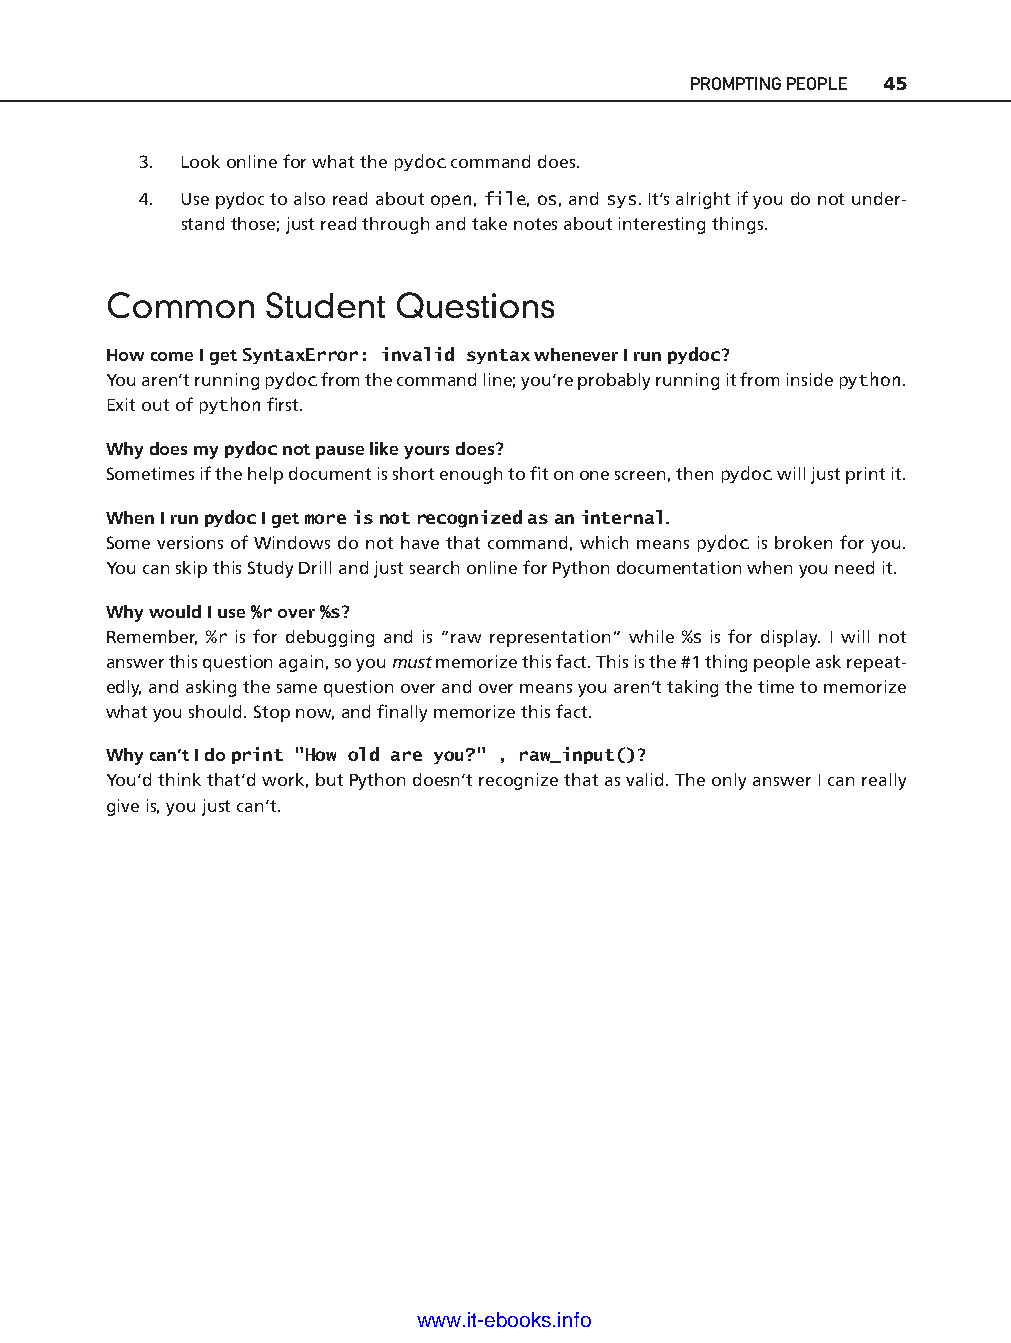
PROMPTING PEOPLE 45
 3. Look online for what the pydoc command does.
 4. Use pydoc to also read about open, file, os, and sys. It’s alright if you do not under-
 stand those; just read through and take notes about interesting things.
 Common     Student  Questions
 How come I get SyntaxError: invalid syntax whenever I run pydoc?
 You aren’t running pydoc from the command line; you’re probably running it from inside python.
 Exit out of python fi rst.
 Why does my pydoc not pause like yours does?
 Sometimes if the help document is short enough to fi t on one screen, then pydoc will just print it.
 When I run pydoc I get more is not recognized as an internal.
 Some versions of Windows do not have that command, which means pydoc is broken for you.
 You can skip this Study Drill and just search online for Python documentation when you need it.
 Why would I use %r over %s?
 Remember, %r is for debugging and is “raw representation” while %s is for display. I will not
 answer this question again, so you must memorize this fact. This is the #1 thing people ask repeat-
 ptg11539604
 edly, and asking the same question over and over means you aren’t taking the time to memorize
 what you should. Stop now, and fi nally memorize this fact.
 Why can’t I do print "How old are you?" , raw_input()?
 You’d think that’d work, but Python doesn’t recognize that as valid. The only answer I can really
 give is, you just can’t.
 www.it-ebooks.info